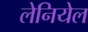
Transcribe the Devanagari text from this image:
लेनियेल